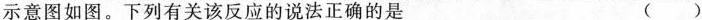
示意图如图。下列有关该反应的说法正确的是 ()